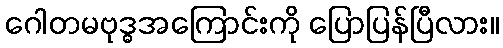
ဂေါတမဗုဒ္ဓအကြောင်းကို ပြောပြန်ပြီလား။